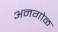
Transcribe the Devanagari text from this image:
अनगोळ